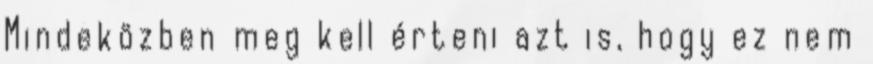
Mindeközben meg kell érteni azt is, hogy ez nem